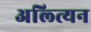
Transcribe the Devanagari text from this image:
अल्त्यिन